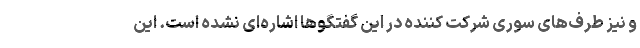
و نیز طرف‌های سوری شرکت کننده در این گفتگوها اشاره‌ای نشده است. این